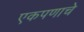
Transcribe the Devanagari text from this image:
एकपणाचे